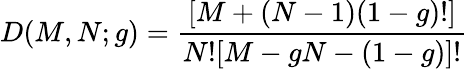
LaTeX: D(M,N;g)=\frac{[M+(N-1)(1-g)!]}{N![M-gN-(1-g)]!}